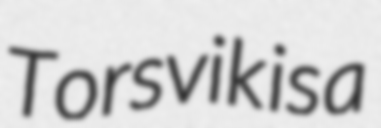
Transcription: Torsvik is a